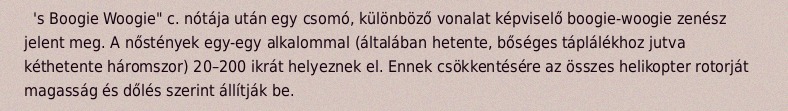
's Boogie Woogie" c. nótája után egy csomó, különböző vonalat képviselő boogie-woogie zenész jelent meg. A nőstények egy-egy alkalommal (általában hetente, bőséges táplálékhoz jutva kéthetente háromszor) 20–200 ikrát helyeznek el. Ennek csökkentésére az összes helikopter rotorját magasság és dőlés szerint állítják be.